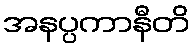
အနပ္ပကာနီတိ